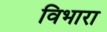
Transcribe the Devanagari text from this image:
विभारा